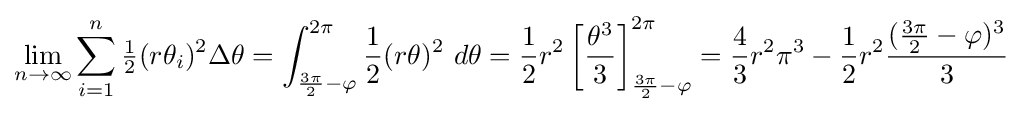
\lim _{n\to \infty }\sum _{i=1}^{n}{\tfrac {1}{2}}(r\theta _{i})^{2}\Delta \theta =\int _{{\frac {3\pi }{2}}-\varphi }^{2\pi }{\frac {1}{2}}(r\theta )^{2}\ d\theta ={\frac {1}{2}}r^{2}\left[{\frac {\theta ^{3}}{3}}\right]_{{\frac {3\pi }{2}}-\varphi }^{2\pi }={\frac {4}{3}}r^{2}\pi ^{3}-{\frac {1}{2}}r^{2}{\frac {({\frac {3\pi }{2}}-\varphi )^{3}}{3}}